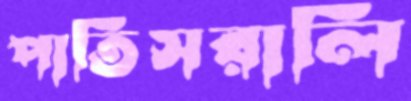
পাতিসরালি